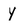
Character: y